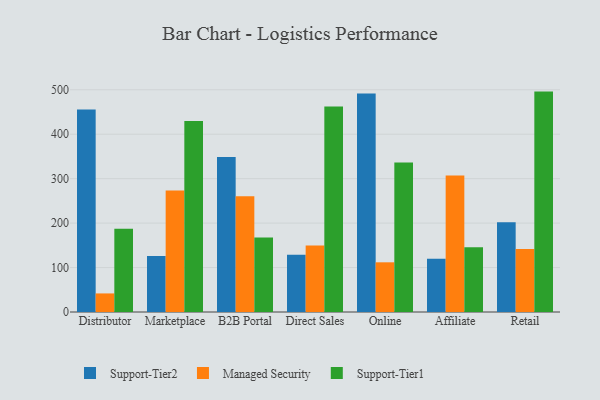
{"axis": {"x": "Channel", "y": "Bounce Rate (%)"}, "legend": ["Managed Security", "Support-Tier1", "Support-Tier2"], "data": [{"x": "Distributor", "y": 455.5, "type": "Support-Tier2"}, {"x": "Distributor", "y": 41.8, "type": "Managed Security"}, {"x": "Distributor", "y": 187.5, "type": "Support-Tier1"}, {"x": "Marketplace", "y": 125.8, "type": "Support-Tier2"}, {"x": "Marketplace", "y": 273.3, "type": "Managed Security"}, {"x": "Marketplace", "y": 430.0, "type": "Support-Tier1"}, {"x": "B2B Portal", "y": 348.7, "type": "Support-Tier2"}, {"x": "B2B Portal", "y": 260.6, "type": "Managed Security"}, {"x": "B2B Portal", "y": 167.9, "type": "Support-Tier1"}, {"x": "Direct Sales", "y": 129.0, "type": "Support-Tier2"}, {"x": "Direct Sales", "y": 149.8, "type": "Managed Security"}, {"x": "Direct Sales", "y": 462.1, "type": "Support-Tier1"}, {"x": "Online", "y": 491.6, "type": "Support-Tier2"}, {"x": "Online", "y": 111.8, "type": "Managed Security"}, {"x": "Online", "y": 336.2, "type": "Support-Tier1"}, {"x": "Affiliate", "y": 119.9, "type": "Support-Tier2"}, {"x": "Affiliate", "y": 307.0, "type": "Managed Security"}, {"x": "Affiliate", "y": 145.6, "type": "Support-Tier1"}, {"x": "Retail", "y": 201.7, "type": "Support-Tier2"}, {"x": "Retail", "y": 141.6, "type": "Managed Security"}, {"x": "Retail", "y": 495.9, "type": "Support-Tier1"}]}